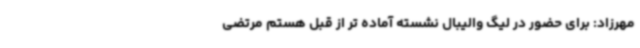
مهرزاد: برای حضور در لیگ والیبال نشسته آماده تر از قبل هستم مرتضی